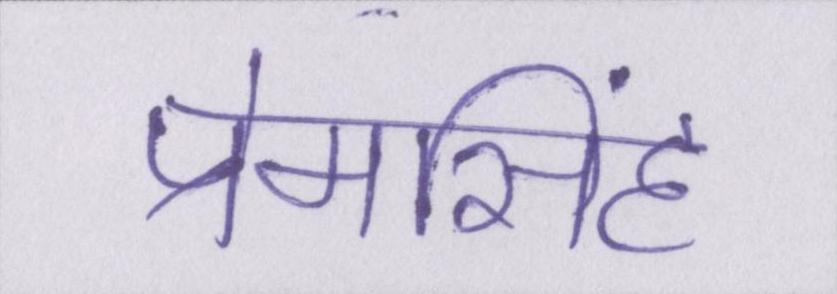
प्रेमसिंह